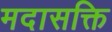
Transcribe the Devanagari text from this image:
मदासक्ति